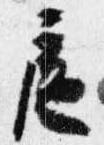
扈